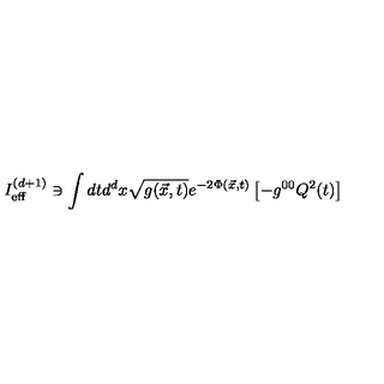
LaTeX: I _ { \mathrm { e f f } } ^ { ( d + 1 ) } \ni \int d t d ^ { d } x \sqrt { g ( \vec { x } , t ) } e ^ { - 2 \Phi ( { \vec { x } } , t ) } \left[ - g ^ { 0 0 } Q ^ { 2 } ( t ) \right]